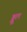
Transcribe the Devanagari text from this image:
ड्डूल